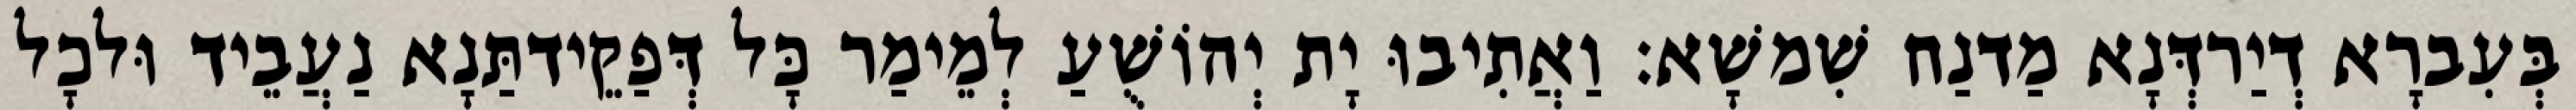
בְּעִברָא דְיַרדְּנָא מַדנַח שִׁמשָׁא׃ וַאֲתִיבוּ יָת יְהוֹשֻׁעַ לְמֵימַר כָּל דְּפַקֵידתַּנָא נַעֲבֵיד וּלכָל